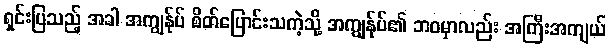
ရှင်းပြသည့် အခါ အကျွန်ုပ် စိတ်ပြောင်းသကဲ့သို့ အကျွန်ုပ်၏ ဘဝမှာလည်း အကြီးအကျယ်